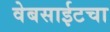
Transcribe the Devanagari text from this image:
वेबसाईटचा